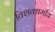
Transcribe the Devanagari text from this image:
विशवधर्माय